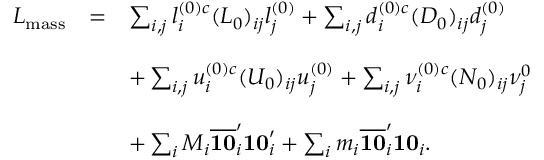
\begin{array} { c c l } { { { \cal L } _ { \mathrm { m a s s } } } } & { { = } } & { { \sum _ { i , j } l _ { i } ^ { ( 0 ) c } ( L _ { 0 } ) _ { i j } l _ { j } ^ { ( 0 ) } + \sum _ { i , j } d _ { i } ^ { ( 0 ) c } ( D _ { 0 } ) _ { i j } d _ { j } ^ { ( 0 ) } } } \\ { { } } & { { } } & { { } } \\ { { } } & { { } } & { { + \sum _ { i , j } u _ { i } ^ { ( 0 ) c } ( U _ { 0 } ) _ { i j } u _ { j } ^ { ( 0 ) } + \sum _ { i , j } { \nu } _ { i } ^ { ( 0 ) c } ( N _ { 0 } ) _ { i j } { \nu } _ { j } ^ { 0 } } } \\ { { } } & { { } } & { { } } \\ { { } } & { { } } & { { + \sum _ { i } M _ { i } \overline { { { { \bf 1 0 } } } } _ { i } ^ { \prime } { \bf 1 0 } _ { i } ^ { \prime } + \sum _ { i } m _ { i } \overline { { { { \bf 1 0 } } } } _ { i } ^ { \prime } { \bf 1 0 } _ { i } . } } \end{array}